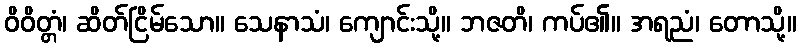
ဝိဝိတ္တံ၊ ဆိတ်ငြိမ်သော။ သေနာသံ၊ ကျောင်းသို့။ ဘဇတိ၊ ကပ်၏။ အရညံ၊ တောသို့။